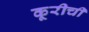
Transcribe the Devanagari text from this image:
कूरीची